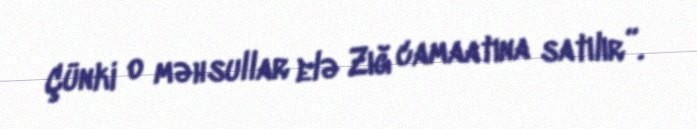
Çünki o məhsullar elə Zığ camaatına satılır”.